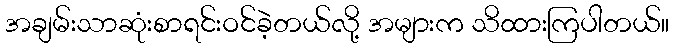
အချမ်းသာဆုံးစာရင်းဝင်ခဲ့တယ်လို့ အများက သိထားကြပါတယ်။